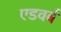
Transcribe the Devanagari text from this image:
एडवर्ब